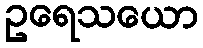
ဥရေသယော